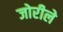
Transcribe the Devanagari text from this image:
जोरीले